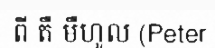
ពី តឺ មឺហូល (Peter